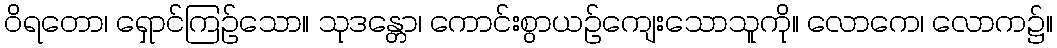
ဝိရတော၊ ရှောင်ကြဉ်သော။ သုဒန္တော၊ ကောင်းစွာယဉ်ကျေးသောသူကို။ လောကေ၊ လောက၌။